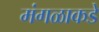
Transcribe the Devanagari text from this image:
मंगळाकडे